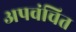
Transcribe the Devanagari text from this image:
अपवंचित